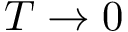
T \rightarrow 0